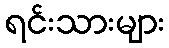
ရင်းသားများ